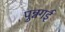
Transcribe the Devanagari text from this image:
पुन्नगई